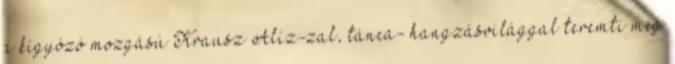
a kígyózó mozgású Krausz Alíz-zal, tánca- hangzásvilággal teremti meg